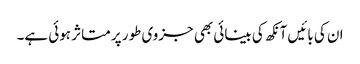
ان کی بائیں آنکھ کی بینائی بھی جزوی طور پر متاثر ہوئی ہے۔